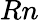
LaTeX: Rn